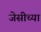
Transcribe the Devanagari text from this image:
जेसीच्या